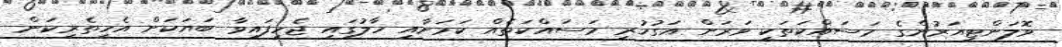
ވޮލަންޓިއަރުންގެ މަސައްކަތަކީ ވަރަށް އަގުހުރި މަސައްކަތެއް ކަމަށާއި ހާލުގައި ޖެހިފައިވާ ބަޔަކަށް އެހީތެރިކަން